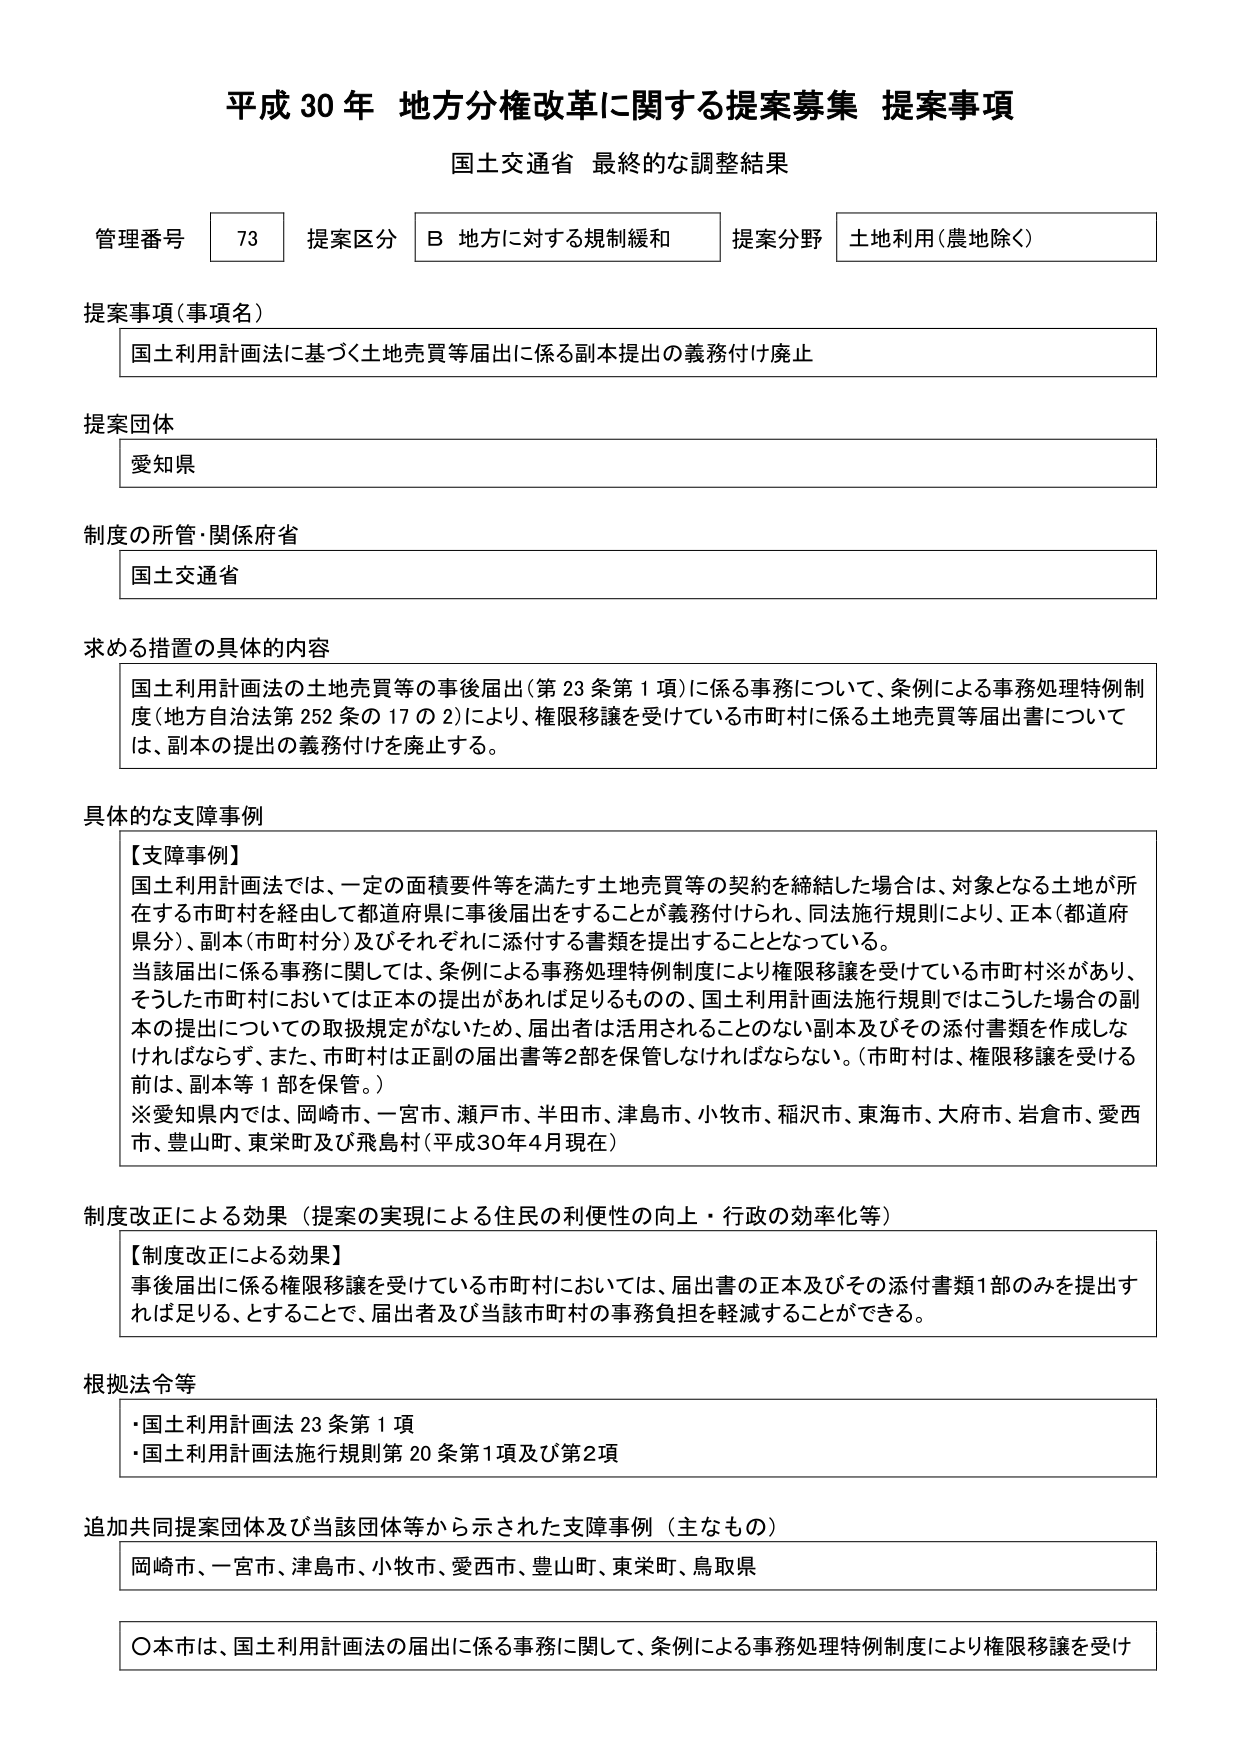
平成30年 地方分権改革に関する提案募集 提案事項
国土交通省 最終的な調整結果

管理番号 73 提案区分 B 地方に対する規制緩和 提案分野 土地利用（農地除く）

提案事項（事項名）
国土利用計画法に基づく土地売買等届出に係る副本提出の義務付け廃止

提案団体
愛知県

制度の所管・関係府省
国土交通省

求める措置の具体的内容
国土利用計画法の土地売買等の事後届出（第23条第1項）に係る事務について、条例による事務処理特例制度（地方自治法第252条の17の2）により、権限移譲を受けている市町村に係る土地売買等届出書については、副本の提出の義務付けを廃止する。

具体的な支障事例
【支障事例】
国土利用計画法では、一定の面積要件等を満たす土地売買等の契約を締結した場合は、対象となる土地が所在する市町村を経由して都道府県に事後届出をすることが義務付けられ、同法施行規則により、正本（都道府県分）、副本（市町村分）及びそれぞれに添付する書類を提出することとなっている。
当該届出に係る事務に関しては、条例による事務処理特例制度により権限移譲を受けている市町村※があり、そうした市町村においては正本の提出があれば足りるもの、国土利用計画法施行規則ではこうした場合の副本の提出についての取扱規定がないため、届出者は活用されることのない副本及びその添付書類を作成しなければならず、また、市町村は正副の届出書等2部を保管しなければならない。（市町村は、権限移譲を受ける前は、副本等1部を保管。）
※愛知県内では、岡崎市、一宮市、瀬戸市、半田市、津島市、小牧市、稲沢市、東海市、大府市、岩倉市、愛西市、豊山町、東栄町及び飛島村（平成30年4月現在）

制度改正による効果（提案の実現による住民の利便性の向上・行政の効率化等）
【制度改正による効果】
事後届出に係る権限移譲を受けている市町村においては、届出書の正本及びその添付書類1部のみを提出すれば足りる、とすることで、届出者及び当該市町村の事務負担を軽減することができる。

根拠法令等
・国土利用計画法23条第1項
・国土利用計画法施行規則第20条第1項及び第2項

追加共同提案団体及び当該団体等から示された支障事例（主なもの）
岡崎市、一宮市、津島市、小牧市、愛西市、豊山町、東栄町、鳥取県

〇本市は、国土利用計画法の届出に係る事務に関して、条例による事務処理特例制度により権限移譲を受け